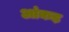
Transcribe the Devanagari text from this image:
आंकड़